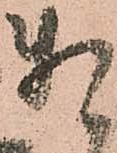
頼